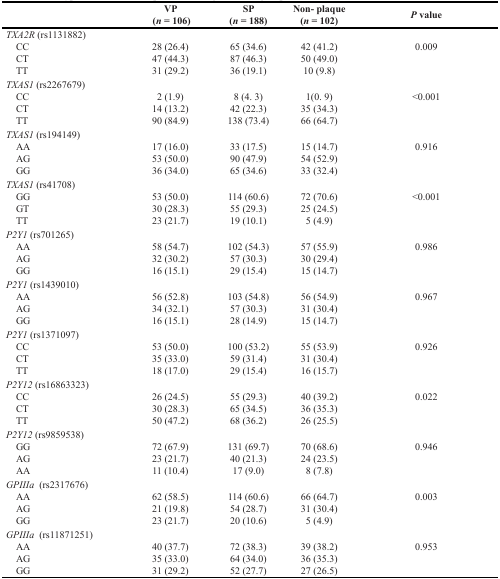
<table><thead><tr><td></td><td><b>VP(<i>n</i> = 106)</b></td><td><b>SP(<i>n</i> = 188)</b></td><td><b>Non- plaque(<i>n</i> = 102)</b></td><td><b><i>P</i> value</b></td></tr></thead><tbody><tr><td><i>TXA2R</i> (rs1131882)</td><td></td><td></td><td></td><td></td></tr><tr><td> CC</td><td>28 (26.4)</td><td>65 (34.6)</td><td>42 (41.2)</td><td>0.009</td></tr><tr><td> CT</td><td>47 (44.3)</td><td>87 (46.3)</td><td>50 (49.0)</td><td></td></tr><tr><td> TT</td><td>31 (29.2)</td><td>36 (19.1)</td><td>10 (9.8)</td><td></td></tr><tr><td><i>TXAS1</i> (rs2267679)</td><td></td><td></td><td></td><td></td></tr><tr><td> CC</td><td>2 (1.9)</td><td>8 (4. 3)</td><td>1(0. 9)</td><td>&lt;0.001</td></tr><tr><td> CT</td><td>14 (13.2)</td><td>42 (22.3)</td><td>35 (34.3)</td><td></td></tr><tr><td> TT</td><td>90 (84.9)</td><td>138 (73.4)</td><td>66 (64.7)</td><td></td></tr><tr><td><i>TXAS1</i> (rs194149)</td><td></td><td></td><td></td><td></td></tr><tr><td> AA</td><td>17 (16.0)</td><td>33 (17.5)</td><td>15 (14.7)</td><td>0.916</td></tr><tr><td> AG</td><td>53 (50.0)</td><td>90 (47.9)</td><td>54 (52.9)</td><td></td></tr><tr><td> GG</td><td>36 (34.0)</td><td>65 (34.6)</td><td>33 (32.4)</td><td></td></tr><tr><td><i>TXAS1</i> (rs41708)</td><td></td><td></td><td></td><td></td></tr><tr><td> GG</td><td>53 (50.0)</td><td>114 (60.6)</td><td>72 (70.6)</td><td>&lt;0.001</td></tr><tr><td> GT</td><td>30 (28.3)</td><td>55 (29.3)</td><td>25 (24.5)</td><td></td></tr><tr><td> TT</td><td>23 (21.7)</td><td>19 (10.1)</td><td>5 (4.9)</td><td></td></tr><tr><td><i>P2Y1</i> (rs701265)</td><td></td><td></td><td></td><td></td></tr><tr><td> AA</td><td>58 (54.7)</td><td>102 (54.3)</td><td>57 (55.9)</td><td>0.986</td></tr><tr><td> AG</td><td>32 (30.2)</td><td>57 (30.3)</td><td>30 (29.4)</td><td></td></tr><tr><td> GG</td><td>16 (15.1)</td><td>29 (15.4)</td><td>15 (14.7)</td><td></td></tr><tr><td><i>P2Y1</i> (rs1439010)</td><td></td><td></td><td></td><td></td></tr><tr><td> AA</td><td>56 (52.8)</td><td>103 (54.8)</td><td>56 (54.9)</td><td>0.967</td></tr><tr><td> AG</td><td>34 (32.1)</td><td>57 (30.3)</td><td>31 (30.4)</td><td></td></tr><tr><td> GG</td><td>16 (15.1)</td><td>28 (14.9)</td><td>15 (14.7)</td><td></td></tr><tr><td><i>P2Y1</i> (rs1371097)</td><td></td><td></td><td></td><td></td></tr><tr><td> CC</td><td>53 (50.0)</td><td>100 (53.2)</td><td>55 (53.9)</td><td>0.926</td></tr><tr><td> CT</td><td>35 (33.0)</td><td>59 (31.4)</td><td>31 (30.4)</td><td></td></tr><tr><td> TT</td><td>18 (17.0)</td><td>29 (15.4)</td><td>16 (15.7)</td><td></td></tr><tr><td><i>P2Y12</i> (rs16863323)</td><td></td><td></td><td></td><td></td></tr><tr><td> CC</td><td>26 (24.5)</td><td>55 (29.3)</td><td>40 (39.2)</td><td>0.022</td></tr><tr><td> CT</td><td>30 (28.3)</td><td>65 (34.5)</td><td>36 (35.3)</td><td></td></tr><tr><td> TT</td><td>50 (47.2)</td><td>68 (36.2)</td><td>26 (25.5)</td><td></td></tr><tr><td><i>P2Y12</i> (rs9859538)</td><td></td><td></td><td></td><td></td></tr><tr><td> GG</td><td>72 (67.9)</td><td>131 (69.7)</td><td>70 (68.6)</td><td>0.946</td></tr><tr><td> AG</td><td>23 (21.7)</td><td>40 (21.3)</td><td>24 (23.5)</td><td></td></tr><tr><td> AA</td><td>11 (10.4)</td><td>17 (9.0)</td><td>8 (7.8)</td><td></td></tr><tr><td><i>GPIIIa</i> (rs2317676)</td><td></td><td></td><td></td><td></td></tr><tr><td> AA</td><td>62 (58.5)</td><td>114 (60.6)</td><td>66 (64.7)</td><td>0.003</td></tr><tr><td> AG</td><td>21 (19.8)</td><td>54 (28.7)</td><td>31 (30.4)</td><td></td></tr><tr><td> GG</td><td>23 (21.7)</td><td>20 (10.6)</td><td>5 (4.9)</td><td></td></tr><tr><td><i>GPIIIa</i> (rs11871251)</td><td></td><td></td><td></td><td></td></tr><tr><td> AA</td><td>40 (37.7)</td><td>72 (38.3)</td><td>39 (38.2)</td><td>0.953</td></tr><tr><td> AG</td><td>35 (33.0)</td><td>64 (34.0)</td><td>36 (35.3)</td><td></td></tr><tr><td> GG</td><td>31 (29.2)</td><td>52 (27.7)</td><td>27 (26.5)</td><td></td></tr></tbody></table>